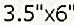
3.5"X6"